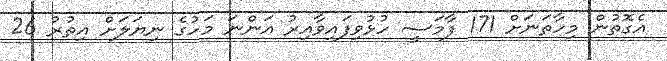
އެގޮތުން މިހާތަނަށް 171 ފާމަސީ ހުޅުވިފައިވާއިރު އަންނަ މަހުގެ ނިޔަލަށް އިތުރު 26